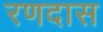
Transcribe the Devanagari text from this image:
रणदास